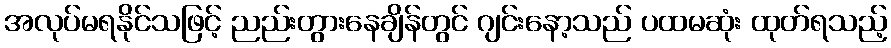
အလုပ်မရနိုင်သဖြင့် ညည်းတွားနေချိန်တွင် ဂျင်းနော့သည် ပထမဆုံး ထုတ်ရသည့်